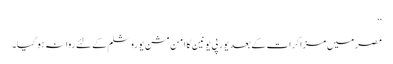
‘‘
مصر میں مزاکرات کے بعد یورپی یونین کا امن مشن یوروشلم کے لئے روانہ ہو گیا۔